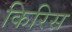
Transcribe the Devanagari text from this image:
किरिस